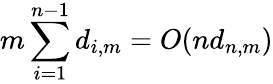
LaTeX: m\sum_{i=1}^{n-1}d_{i,m}=O(nd_{n,m})